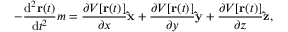
- { \frac { \mathrm { d } ^ { 2 } \mathbf { r } ( t ) } { \mathrm { d } t ^ { 2 } } } m = { \frac { \partial V [ \mathbf { r } ( t ) ] } { \partial x } } \mathbf { \hat { x } } + { \frac { \partial V [ \mathbf { r } ( t ) ] } { \partial y } } \mathbf { \hat { y } } + { \frac { \partial V [ \mathbf { r } ( t ) ] } { \partial z } } \mathbf { \hat { z } } ,